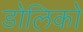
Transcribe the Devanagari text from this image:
डोलिको